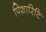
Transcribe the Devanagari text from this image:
पिशारिटि